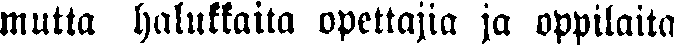
mutta halukkaita opettajia ja oppilaita